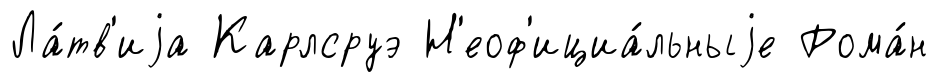
Ла́тв'иjа Карлсруэ Н'еоф'ициа́льныjе Рома́н